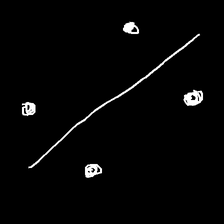
Glyph: cool